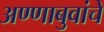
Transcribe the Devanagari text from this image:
अण्णाबुवांचे